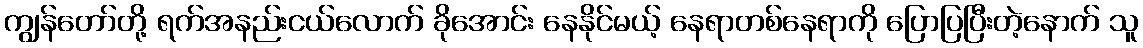
ကျွန်တော်တို့ ရက်အနည်းငယ်လောက် ခိုအောင်း နေနိုင်မယ့် နေရာတစ်နေရာကို ပြောပြပြီးတဲ့နောက် သူ